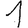
Digit: 1